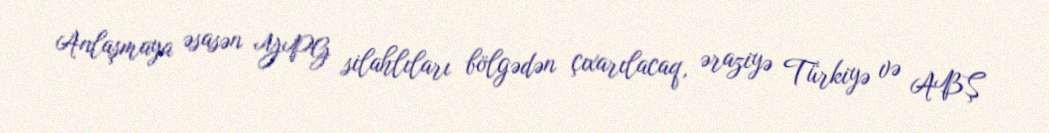
Anlaşmaya əsasən YPG silahlıları bölgədən çıxarılacaq, əraziyə Türkiyə və ABŞ